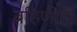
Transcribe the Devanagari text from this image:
बहिणीही